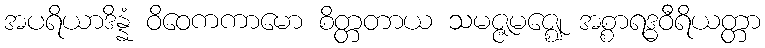
အပရိယာဒိန္နံ ဝိဝေကကာမော စိတ္တတာယ သမဇ္ဇမဇ္ဈေ အစ္စာရဒ္ဓဝီရိယတ္တာ